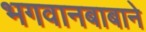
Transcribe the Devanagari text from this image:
भगवानबाबाने